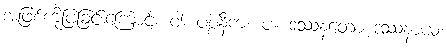
အဖြစ်ကိုပြခြင်းကြောင့်။ ဝါ၊ ပစ္စနီက။ ပ။ ဒဿနတော ဒဿနာယ၊